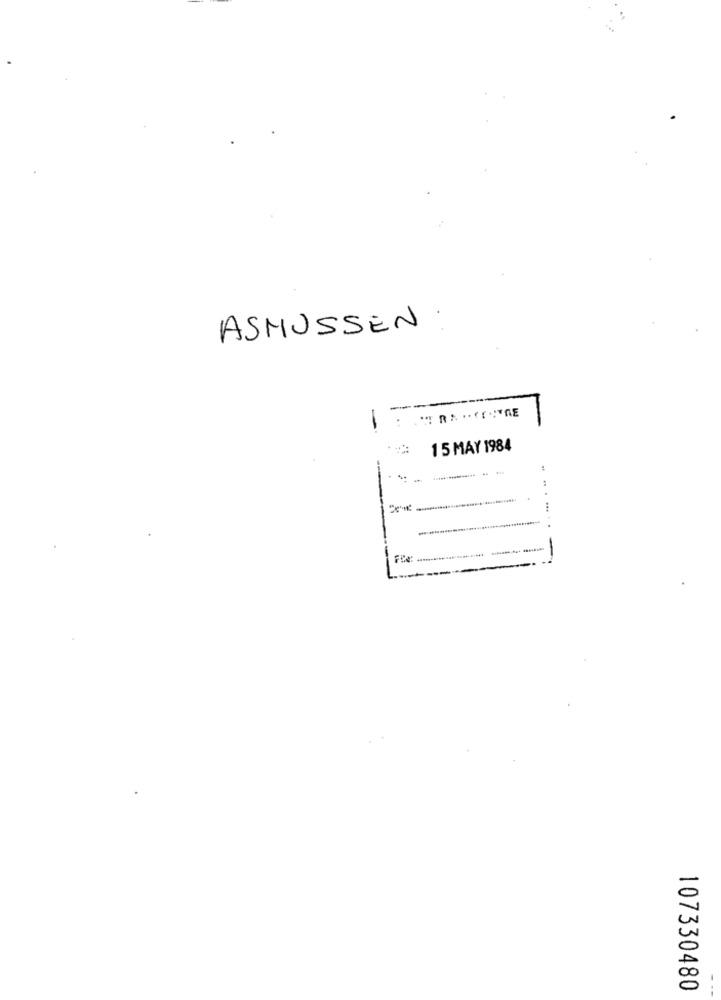
ASMUSSEN
-
1 5 MAY 1984
-
107330480